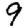
Digit: 9